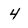
Character: 4